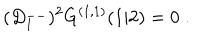
( D _ { 1 } ^ { -- } ) ^ { 2 } G ^ { ( 1 , 1 ) } ( 1 \vert 2 ) = 0 \; .